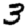
Digit: 3